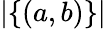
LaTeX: |\{ (a,b)\} |